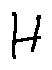
H